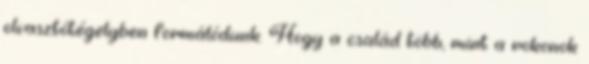
olvasztótégelyben formálódunk. Hogy a család több, mint a rokonok